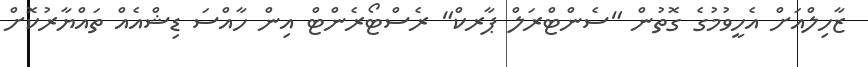
ޒާހިލްއަށް އެހީވުމުގެ ގޮތުން "ސެންޓްރަލް ޕާރކް" ރެސްޓޯރެންޓް އިން ހާއްސަ ޑިޝްއެއް ތައްޔާރުކޮށް